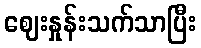
ဈေးနှုန်းသက်သာပြီး